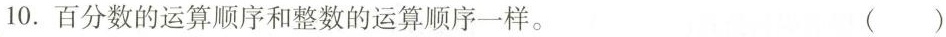
10.百分数的运算顺序和整数的运算顺序一样。 ()